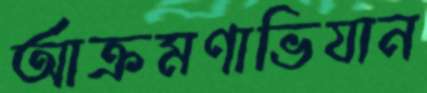
আক্রমণাভিযান